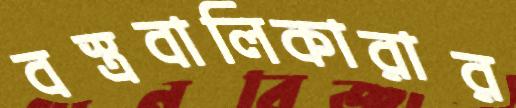
বস্ত্রবালিকারার